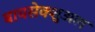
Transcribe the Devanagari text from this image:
बायसेक्शुअल